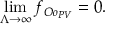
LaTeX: \operatorname * { l i m } _ { \Lambda \to \infty } f _ { O o _ { P V } } = 0 .